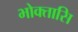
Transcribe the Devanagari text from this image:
भोक्तासि